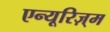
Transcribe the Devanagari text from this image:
एन्यूरिज़्म